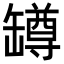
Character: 罇